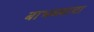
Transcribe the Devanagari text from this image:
बाभळ्याचा